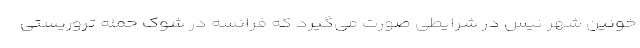
خونین شهر نیس در شرایطی صورت می‌گیرد که فرانسه در شوک حمله تروریستی